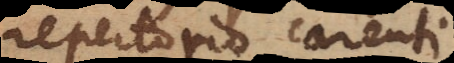
repertorio carenti.